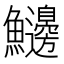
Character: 𩽲